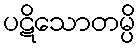
ပဋိသောတမ္ပိ